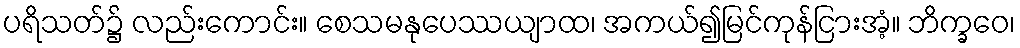
ပရိသတ်၌ လည်းကောင်း။ စေသမနုပေဿယျာထ၊ အကယ်၍မြင်ကုန်ငြားအံ့။ ဘိက္ခဝေ၊